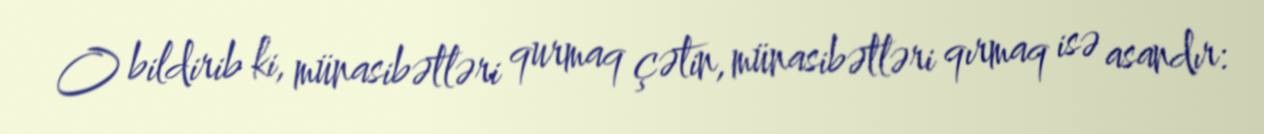
O bildirib ki, münasibətləri qurmaq çətin, münasibətləri qırmaq isə asandır: